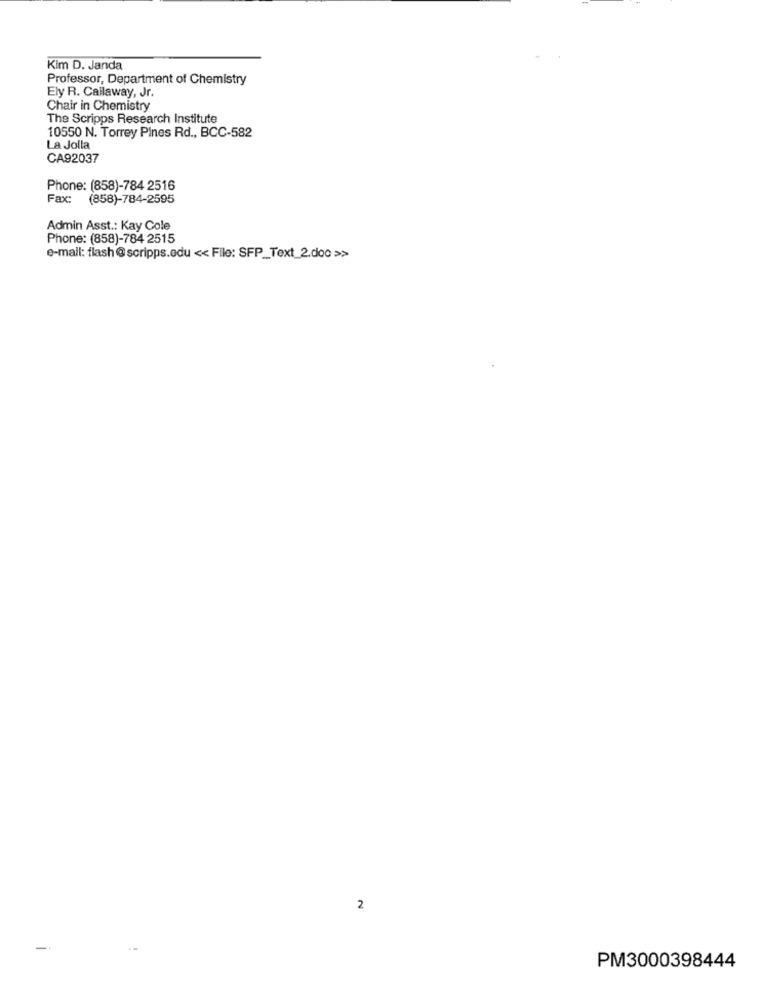
Kim D. Janda
Professor, Department of Chemistry
Ely R. Callaway, Jr.
Chair in Chemistry
The Scripps Research Institute
10550 N. Torrey Pines Rd ., BCC-582
La Jolla
CA92037
Phone: (858)-784 2516
: (858)-784-2595
Admin Asst .: Kay Cole
Phone: (858)-784 2515
e-mail: flash @scripps.edu << File: SFP_Text_2.doc >>
2
PM3000398444